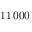
1 1 \, 0 0 0